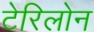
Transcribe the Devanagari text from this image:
टेरिलोन